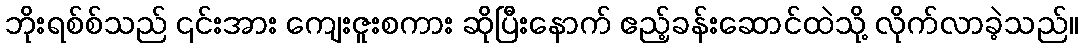
ဘိုးရစ်စ်သည် ၎င်းအား ကျေးဇူးစကား ဆိုပြီးနောက် ဧည့်ခန်းဆောင်ထဲသို့ လိုက်လာခဲ့သည်။